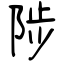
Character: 陟